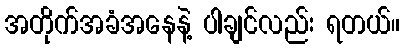
အတိုက်အခံအနေနဲ့ ပါချင်လည်း ရတယ်။